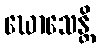
ဃောသေန္တိ